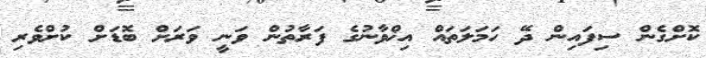
ކޮށްގެން ސިފައިން ދޭ ހަމަލަތައް އިޚްވާނުގެ ފަރާތުން ވަނީ ވަރަށް ބޮޑަށް ކުށްވެރި